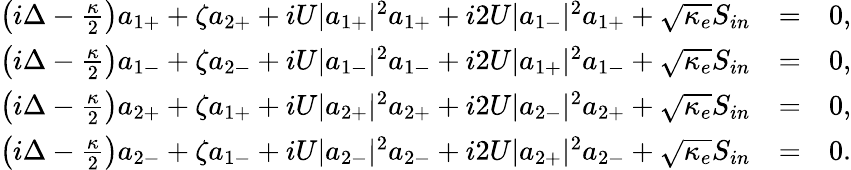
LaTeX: \begin{array}{rlr}{\left(i\Delta-\frac{\kappa}{2}\right)a_{1+}+\zeta a_{2+}+iU|a_{1+}|^{2}a_{1+}+i2U|a_{1-}|^{2}a_{1+}+\sqrt{\kappa_{e}}S_{in}}&{=}&{0,}\\ {\left(i\Delta-\frac{\kappa}{2}\right)a_{1-}+\zeta a_{2-}+iU|a_{1-}|^{2}a_{1-}+i2U|a_{1+}|^{2}a_{1-}+\sqrt{\kappa_{e}}S_{in}}&{=}&{0,}\\ {\left(i\Delta-\frac{\kappa}{2}\right)a_{2+}+\zeta a_{1+}+iU|a_{2+}|^{2}a_{2+}+i2U|a_{2-}|^{2}a_{2+}+\sqrt{\kappa_{e}}S_{in}}&{=}&{0,}\\ {\left(i\Delta-\frac{\kappa}{2}\right)a_{2-}+\zeta a_{1-}+iU|a_{2-}|^{2}a_{2-}+i2U|a_{2+}|^{2}a_{2-}+\sqrt{\kappa_{e}}S_{in}}&{=}&{0.}\end{array}